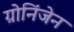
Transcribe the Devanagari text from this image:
ग्रोनिंजेन